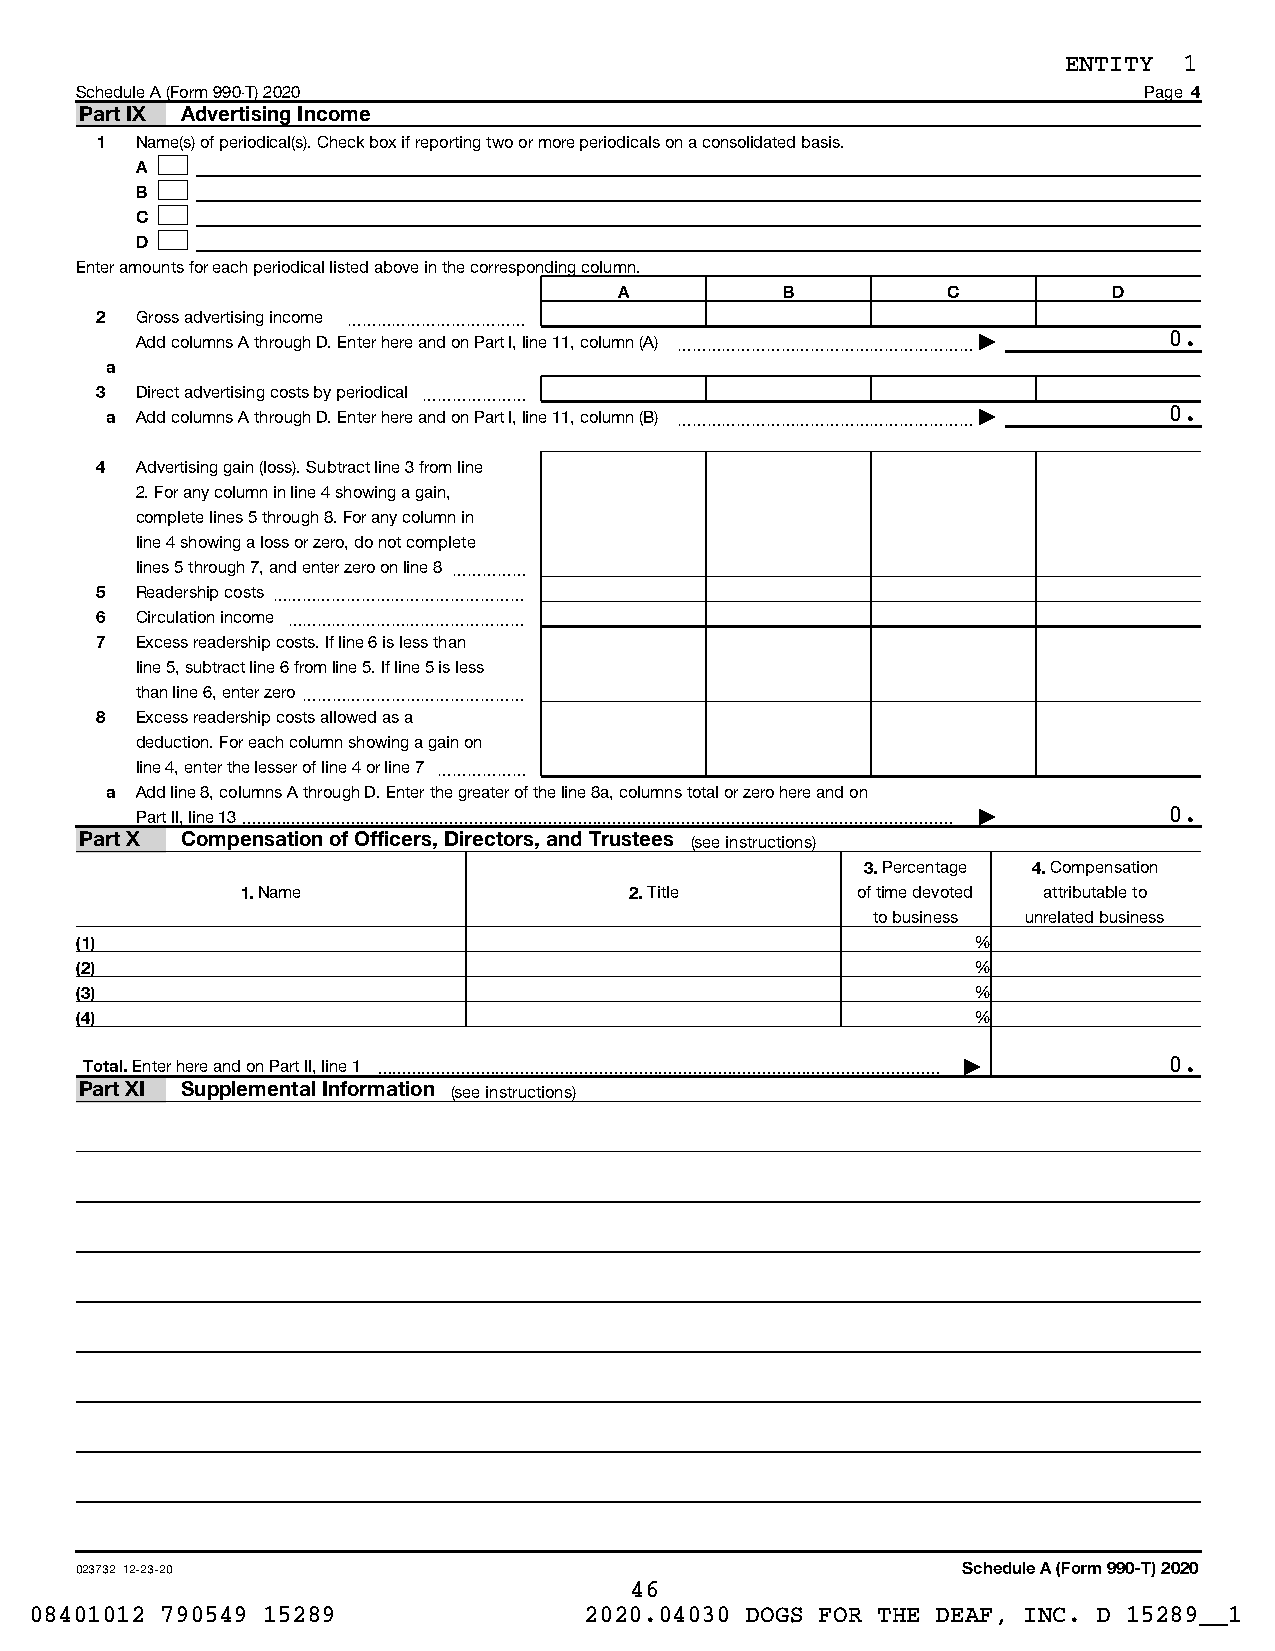
ENTITY 1
 Schedule A (Form 990-T) 2020                                           Page 4
 Part IX Advertising Income
 1  Name(s) of periodical(s). Check box if reporting two or more periodicals on a consolidated basis.
 A
 B
 C
 D
 Enter amounts for each periodical listed above in the corresponding column.
 A          B          C          D
 2  Gross advertising income ~~~~~~~~~~~~
 Add columns A through D. Enter here and on Part I, line 11, column (A) ~~~~~~~~~~~~~~~~~~~~ | 0.
 a
 3  Direct advertising costs by periodical ~~~~~~~
 a Add columns A through D. Enter here and on Part I, line 11, column (B) ~~~~~~~~~~~~~~~~~~~~ | 0.
 4  Advertising gain (loss). Subtract line 3 from line
 2. For any column in line 4 showing a gain,
 complete lines 5 through 8. For any column in
 line 4 showing a loss or zero, do not complete
 lines 5 through 7, and enter zero on line 8 ~~~~~
 5  Readership costs~~~~~~~~~~~~~~~~~
 6  Circulation income ~~~~~~~~~~~~~~~~
 7  Excess readership costs. If line 6 is less than
 line 5, subtract line 6 from line 5. If line 5 is less
 than line 6, enter zero~~~~~~~~~~~~~~~
 8  Excess readership costs allowed as a
 deduction. For each column showing a gain on
 line 4, enter the lesser of line 4 or line 7 ~~~~~~
 a Add line 8, columns A through D. Enter the greater of the line 8a, columns total or zero here and on
 Part II, line 13 |  0.
 Part X Compensation of Officers, Directors, and Trustees (see instructions)
 3. Percentage 4. Compensation
 1. Name                   2. Title       of time devoted attributable to
 to business unrelated business
 (1)                                                         %
 (2)                                                         %
 (3)                                                         %
 (4)                                                         %
 Total. Enter here and on Part II, line 1  | 0.
 Part XI Supplemental Information (see instructions)
 023732 12-23-20                                            Schedule A (Form 990-T) 2020
 46
 08401012 790549 15289                2020.04030 DOGS FOR THE DEAF, INC. D 15289__1